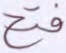
فتح